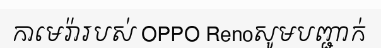
កាមេរ៉ារបស់ OPPO Renoសូមបញ្ជាក់